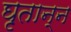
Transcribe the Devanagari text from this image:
घृतान्न